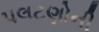
પલટણોની